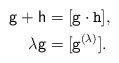
LaTeX: \begin{align*}\mathsf{g}+\mathsf{h}&=[\mathtt{g}\cdot\mathtt{h}],\\\lambda \mathsf{g}&=[\mathtt{g}^{(\lambda)}].\\\end{align*}